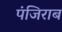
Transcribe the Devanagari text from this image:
पंजिराब